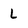
Character: L